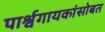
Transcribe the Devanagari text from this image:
पार्श्वगायकांसोबत